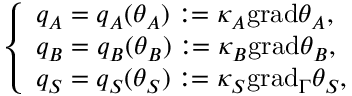
\left\{ \begin{array} { l l } { q _ { A } = q _ { A } ( \theta _ { A } ) : = \kappa _ { A } \mathrm { { g r a d } } \theta _ { A } , } \\ { q _ { B } = q _ { B } ( \theta _ { B } ) : = \kappa _ { B } { \mathrm { g r a d } } \theta _ { B } , } \\ { q _ { S } = q _ { S } ( \theta _ { S } ) : = \kappa _ { S } \mathrm { { g r a d } } _ { \Gamma } \theta _ { S } , } \end{array} \right.